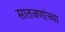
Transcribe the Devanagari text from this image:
सातजणांच्या